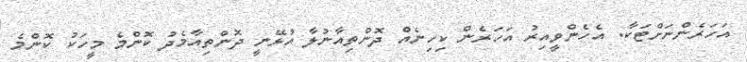
އަހަރެންނަށްޓަކާ. އެހެންވީއިރު އަހަރެން ކިހިނެއް ދޮންތިއާނުލާ އުޅޭނީ ދޮންތިއާމެދު ކޮންމެ މީހަކު ކޮންމެ